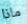
ماذا